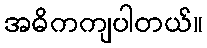
အဓိကကျပါတယ်။